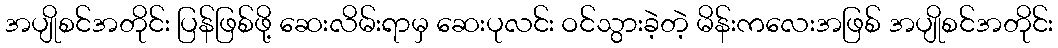
အပျိုစင်အတိုင်း ပြန်ဖြစ်ဖို့ ဆေးလိမ်းရာမှ ဆေးပုလင်း ဝင်သွားခဲ့တဲ့ မိန်းကလေးအဖြစ် အပျိုစင်အတိုင်း